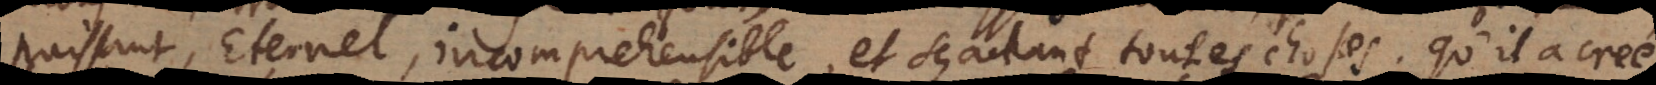
puissant, eternel, incomprehensible, et sçachant toutes choses: qu’il a creé